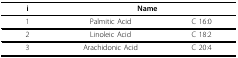
<table><thead><tr><td><b>i</b></td><td colspan="2"><b>Name</b></td></tr></thead><tbody><tr><td>1</td><td>Palmitic Acid</td><td>C 16:0</td></tr><tr><td>2</td><td>Linoleic Acid</td><td>C 18:2</td></tr><tr><td>3</td><td>Arachidonic Acid</td><td>C 20:4</td></tr></tbody></table>